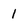
Character: 1